Leprosy in India: report of the Leprosy Commission in India, 1890-91
Year: 1890
Disease focus: Leprosy
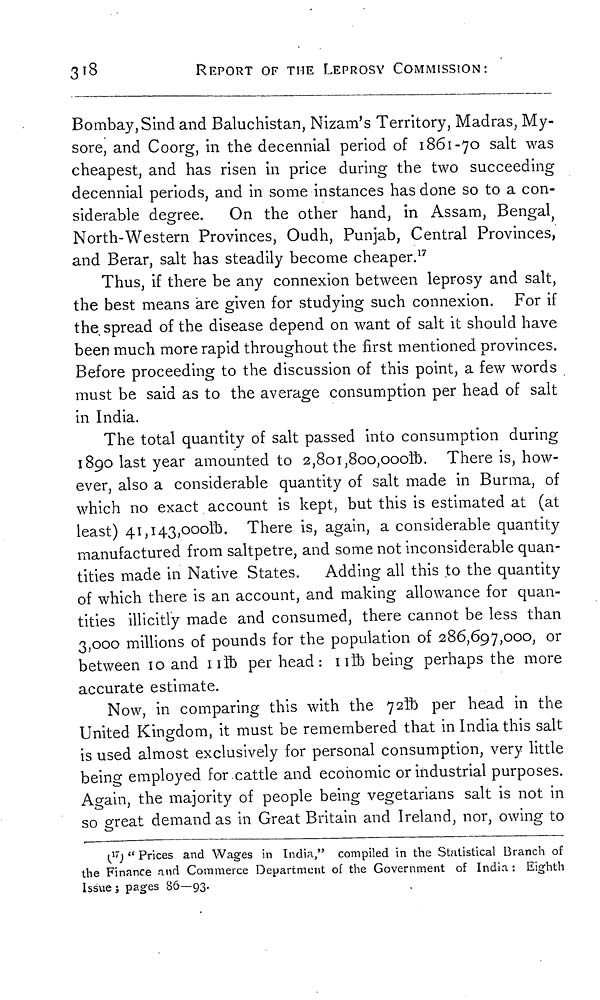
318
REPORT OF THE LEPROSY COMMISSION:
Bombay, Sind and Baluchistan, Nizam's Territory, Madras, My-
sore, and Coorg, in the decennial period of 1861-70 salt was
cheapest, and has risen in price during the two succeeding
decennial periods, and in some instances has done so to a con-
siderable degree. On the other hand, in Assam, Bengal
North-Western Provinces, Oudh, Punjab, Central Provinces,
and Berar, salt has steadily become cheaper. 17
Thus, if there be any connexion between leprosy and salt,
the best means are given for studying such connexion. For if
the spread of the disease depend on want of salt it should have
been much more rapid throughout the first mentioned provinces.
Before proceeding to the discussion of this point, a few words
must be said as to the average consumption per head of salt
in India.
The total quantity of salt passed into consumption during
1890 last year amounted to 2,801,800,000lb. There is, how-
ever, also a considerable quantity of salt made in Burma, of
which no exact account is kept, but this is estimated at (at
least) 41,143,000lb. There is, again, a considerable quantity
manufactured from saltpetre, and some not inconsiderable quan-
tities made in Native States. Adding all this to the quantity
of which there is an account, and making allowance for quan-
tities illicitly made and consumed, there cannot be less than
3,000 millions of pounds for the population of 286,697,000, or
between 10 and 11lb per head: 11lb being perhaps the more
accurate estimate.
Now, in comparing this with the 72ft per head in the
United Kingdom, it must be remembered that in India this salt
is used almost exclusively for personal consumption, very little
being employed for cattle and economic or industrial purposes.
Again, the majority of people being vegetarians salt is not in
so great demand as in Great Britain and Ireland, nor, owing to
( 17 ) " Prices and Wages in India," compiled in the Statistical Branch of
the Finance and Commerce Department of the Government of India : Eighth
Issue; pages 86—93.